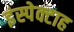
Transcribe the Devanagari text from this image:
इंस्पेक्टाह